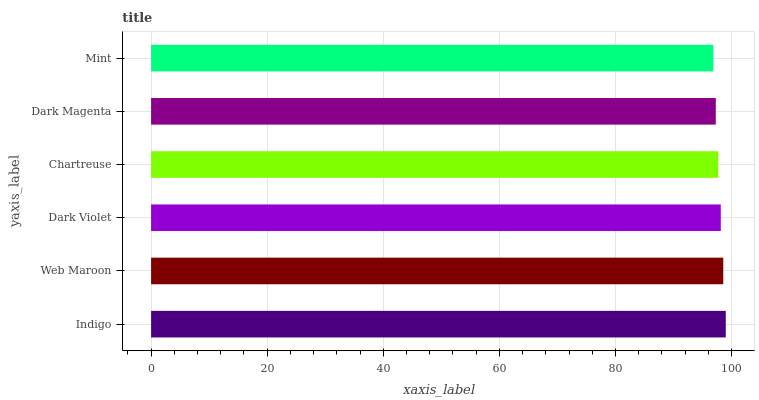
| yaxis_label | bars |
 | --- | --- |
 | Indigo | 99 |
 | Web Maroon | 98.6 |
 | Dark Violet | 98.1 |
 | Chartreuse | 97.7 |
 | Dark Magenta | 97.3 |
 | Mint | 96.9 |